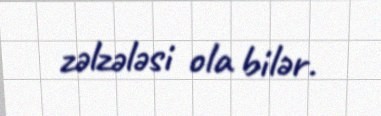
zəlzələsi ola bilər.